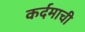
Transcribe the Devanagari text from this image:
कर्दमाची